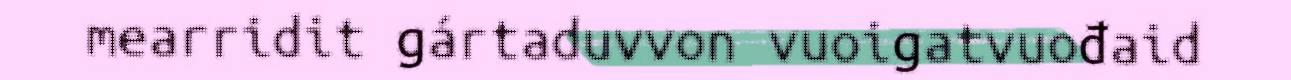
mearridit gártaduvvon vuoigatvuođaid